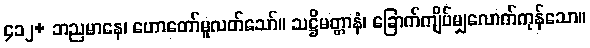
၄၁၂+ ဘညမာနေ၊ ဟောတော်မူလတ်သော်။ သဋ္ဌိမတ္တာနံ၊ ခြောက်ကျိပ်မျှလောက်ကုန်သော။